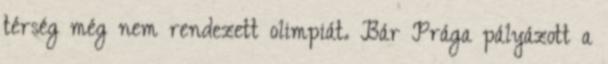
térség még nem rendezett olimpiát. Bár Prága pályázott a